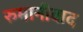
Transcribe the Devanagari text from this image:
रुमानीवाद